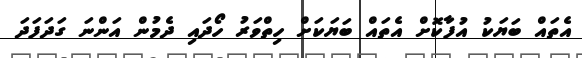
އެތައް ބަޔަކު އުފާކޮށް އެތައް ބަޔަކަށް ހިތްވަރު ހޯދައި ދެމުން އަންނަ ގަދަފަދަ